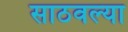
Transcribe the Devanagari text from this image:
साठवल्या